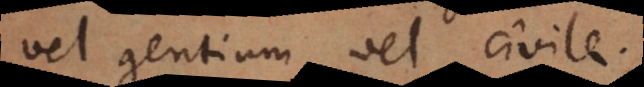
vel gentium vel civile.